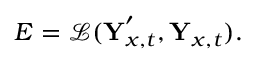
E = \mathcal { L } ( \textbf Y _ { x , t } ^ { \prime } , \textbf Y _ { x , t } ) .